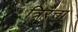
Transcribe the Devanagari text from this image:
त्रिरत्ता